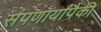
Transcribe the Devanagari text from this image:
संपणार्यांपैकी